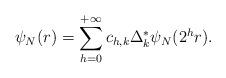
LaTeX: \begin{align*} \psi_N(r) = \sum_{h=0}^{+\infty} c_{h,k} \Delta_k^\ast \psi_N(2^hr).\end{align*}